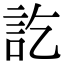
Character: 訖